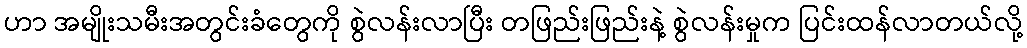
ဟာ အမျိုးသမီးအတွင်းခံတွေကို စွဲလန်းလာပြီး တဖြည်းဖြည်းနဲ့ စွဲလန်းမှုက ပြင်းထန်လာတယ်လို့